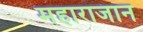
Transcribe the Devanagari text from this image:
महाराजान